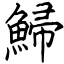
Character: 鯞